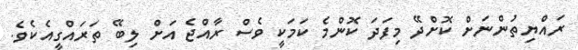
ރައްޔިތުންނަށް ކޮށްދޭ މިފަދަ ކޮންމެ ކަމަކީ ވެސް ރާއްޖެ އަށް ލިބޭ ތަރައްގީއެކެވެ.